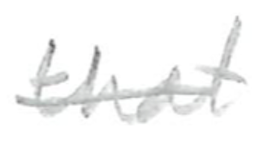
Text: that
Cross-out: single-line
Writing tool: pencil